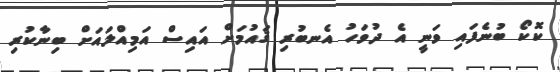
ކޮކޯ ބުނެފައި ވަނީ އެ ދުވަހު އެނބުރި ޤައުމަށް އައިސް އަމިއްލައަށް ބިނާކުރި